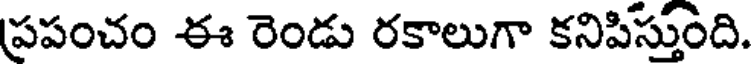
ప్రపంచం ఈ రెండు రకాలుగా కనిపిస్తుంది.